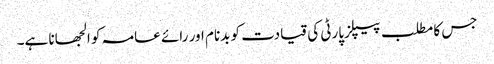
جس کا مطلب پیپلزپارٹی کی قیادت کو بدنام اور رائے عامہ کو الجھانا ہے۔